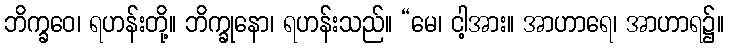
ဘိက္ခဝေ၊ ရဟန်းတို့။ ဘိက္ခုနော၊ ရဟန်းသည်။ “မေ၊ ငါ့အား။ အာဟာရေ၊ အာဟာရ၌။